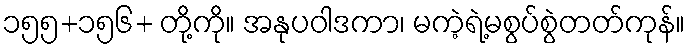
၁၅၅+၁၅၆+ တို့ကို။ အနုပဝါဒကာ၊ မကဲ့ရဲ့မစွပ်စွဲတတ်ကုန်။